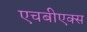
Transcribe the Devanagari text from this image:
एचबीएक्स